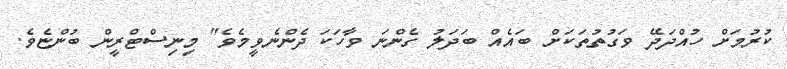
ކުރުމަށް ހުއްދަދޭ ވަގުތުތަކަށް ބައެއް ބަދަލު ގެންނަ ވާހަކަ ދެންނެވީމެވެ" މިނިސްޓްރީން ބުންޏެވެ.